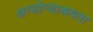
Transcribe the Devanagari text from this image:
अन्योन्याश्रयता